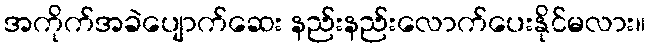
အကိုက်အခဲပျောက်ဆေး နည်းနည်းလောက်ပေးနိုင်မလား။